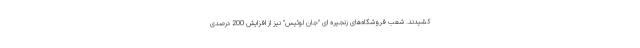
کشیدند. شعب فروشگاه‌های زنجیره ای "جان لوئیس" نیز از افزایش 200 درصدی